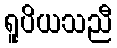
ရူပိယသညီ